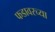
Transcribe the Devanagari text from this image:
फडावरच्या